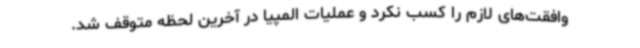
وافقت‌های لازم را کسب نکرد و عملیات المپیا در آخرین لحظه متوقف شد.